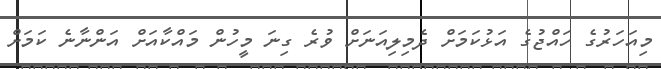
މިއަހަރުގެ ހައްޖުގެ އަޅުކަމަށް ދެމިލިއަނަށް ވުރެ ގިނަ މީހުން މައްކާއަށް އަންނާނެ ކަމަށް